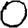
Digit: 0